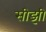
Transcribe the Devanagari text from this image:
सीझी